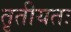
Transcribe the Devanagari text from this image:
तृतीयतः